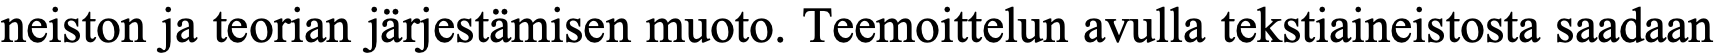
neiston ja teorian järjestämisen muoto. Teemoittelun avulla tekstiaineistosta saadaan